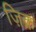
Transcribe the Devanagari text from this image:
ज़िक्र